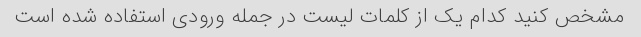
مشخص کنید کدام یک از کلمات لیست در جمله ورودی استفاده شده است